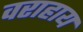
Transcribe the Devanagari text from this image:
वराहाय